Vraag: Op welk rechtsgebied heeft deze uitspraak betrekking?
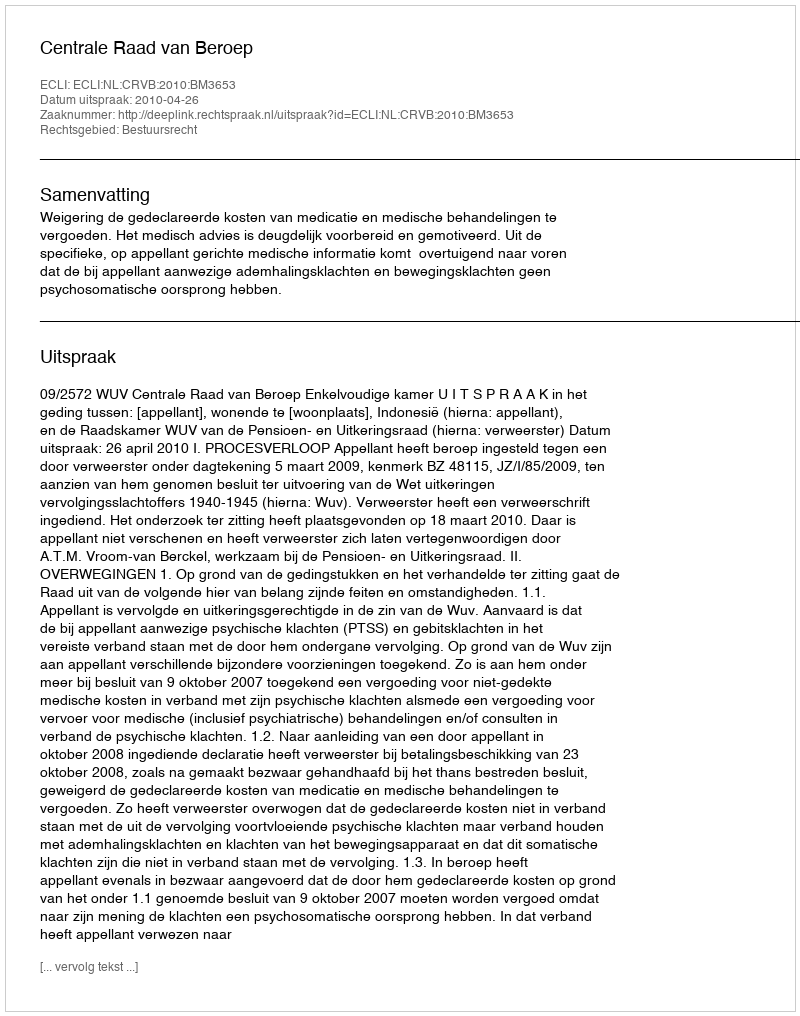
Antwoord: Bestuursrecht